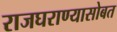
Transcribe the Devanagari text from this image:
राजघराण्यासोबत